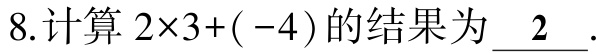
8.计算\(2\times3+(-4)\)的结果为\(\underline{2}\).